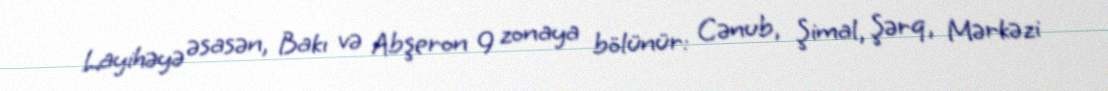
Layihəyə əsasən, Bakı və Abşeron 9 zonaya bölünür: Cənub, Şimal, Şərq, Mərkəzi